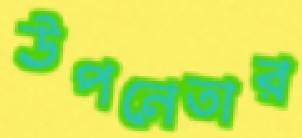
উপনেতার